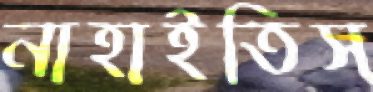
নাহাইতিস